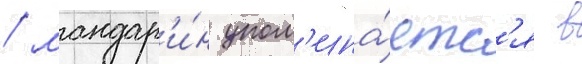
/ мандар'и́н упом'ина́етс'я в